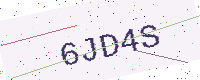
Text: 6JD4S